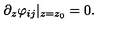
\partial _ { z } \varphi _ { i j } \vert _ { z = z _ { 0 } } = 0 .